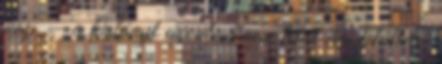
kap. – a kislányt azonban nem lehet ám felültetni